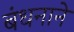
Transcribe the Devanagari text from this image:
बंधनाने